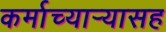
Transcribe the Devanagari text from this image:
कर्माच्यार्‍यासह